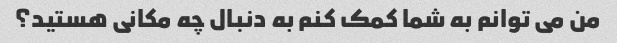
من می توانم به شما کمک کنم به دنبال چه مکانی هستید؟